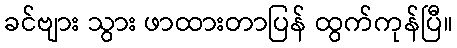
ခင်ဗျား သွား ဖာထားတာပြန် ထွက်ကုန်ပြီ။